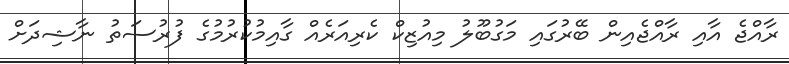
ރާއްޖެ އާއި ރާއްޖެއިން ބޭރުގައި މަގުބޫލު މިއުުޒިކް ކެރިއަރެއް ގާއިމުކުރުމުގެ ފުރުސަތު ނާޝިދަށް